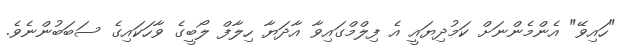
"ހައިވޭ" އެންމެންނަށް ކަމުދިޔައީ އެ ފިލްމްގައިވާ އާދަޔާ ހިލާފް ލޯބީގެ ވާހަކައިގެ ސަބަބުންނެވެ.